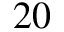
2 0